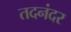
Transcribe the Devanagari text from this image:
तदनंदर